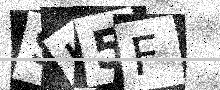
Text: SI5F